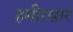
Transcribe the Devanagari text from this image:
हमीरसार